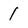
Character: 1